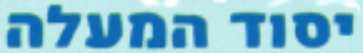
יסוד המעלה